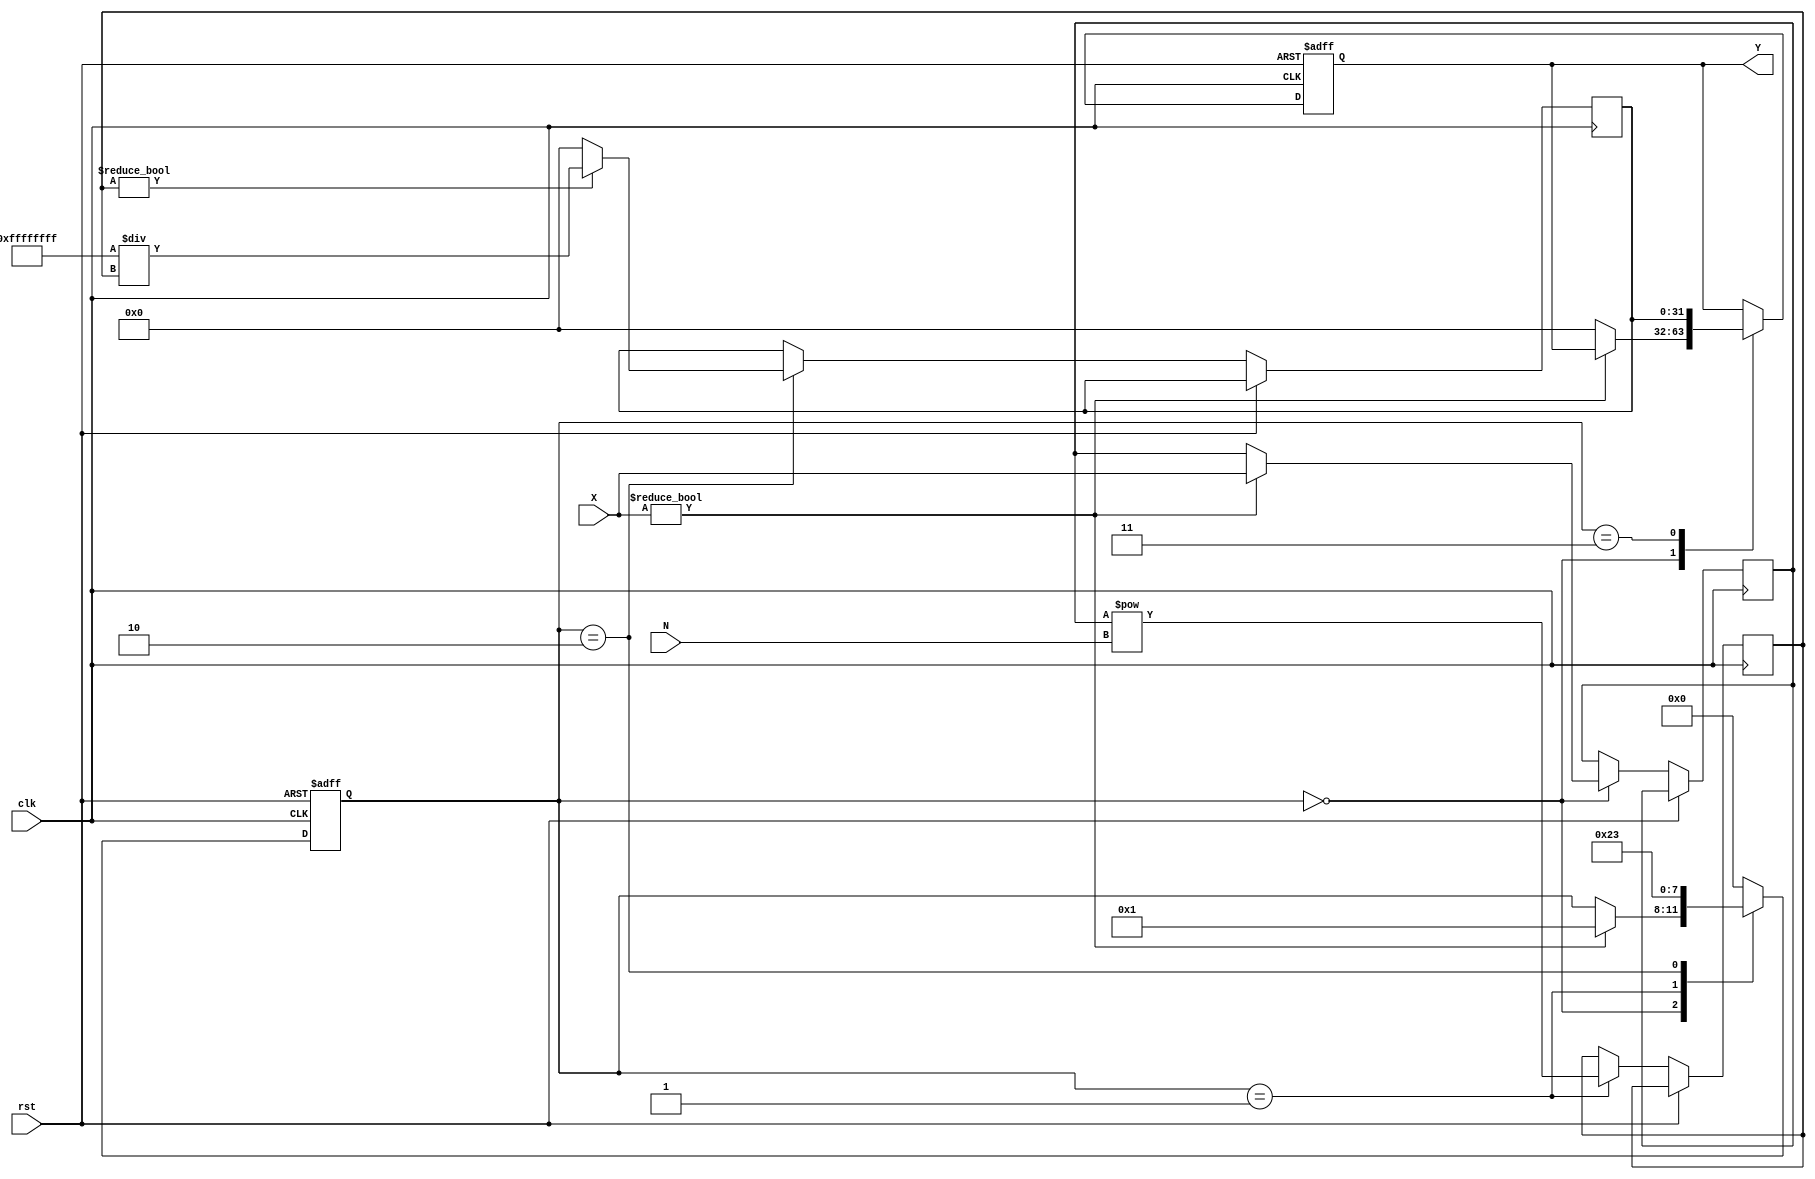
module FractionalOrderReciprocal (
    input wire [15:0] X,        // Input data (fixed-point representation)
    input wire [15:0] N,        // Fractional order (fixed-point representation)
    output reg [31:0] Y,        // Output data (fixed-point representation)
    input wire clk,             // Clock signal
    input wire rst              // Reset signal
);

    // Internal signals
    reg [31:0] exp_result;      // Result of X^N
    reg [31:0] reciprocal;       // Reciprocal of exp_result
    reg [3:0] state;            // State for FSM
    reg [15:0] temp_X;          // Temporary variable for calculations

    // State encoding
    localparam IDLE = 4'b0000,
               EXPONENTIATE = 4'b0001,
               RECIPROCAL = 4'b0010,
               OUTPUT = 4'b0011;

    // Simple exponentiation using a loop (for demonstration purposes)
    // In practice, you might want to use a more efficient method
    always @(posedge clk or posedge rst) begin
        if (rst) begin
            state <= IDLE;
            Y <= 32'b0;
        end else begin
            case (state)
                IDLE: begin
                    if (X != 0) begin
                        temp_X <= X;
                        state <= EXPONENTIATE;
                    end else begin
                        Y <= 32'b0; // Handle zero input case
                    end
                end

                EXPONENTIATE: begin
                    // Simple exponentiation (X^N) - this is a placeholder
                    // You should implement a proper fractional exponentiation algorithm
                    exp_result <= temp_X ** N; // Replace with actual implementation
                    state <= RECIPROCAL;
                end

                RECIPROCAL: begin
                    // Compute reciprocal (1 / exp_result)
                    if (exp_result != 0) begin
                        reciprocal <= 32'hFFFFFFFF / exp_result; // Simple reciprocal calculation
                    end else begin
                        reciprocal <= 32'b0; // Handle zero case
                    end
                    state <= OUTPUT;
                end

                OUTPUT: begin
                    Y <= reciprocal; // Output the result
                    state <= IDLE;   // Go back to IDLE
                end

                default: state <= IDLE; // Default case
            endcase
        end
    end

endmodule